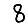
Digit: 8